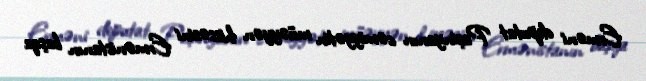
Erməni deputat Paşinyanın cəmiyyətin müəyyən hissəsini Ermənistanın başqa